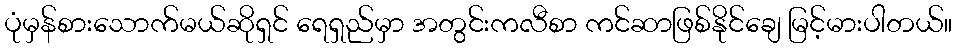
ပုံမှန်စားသောက်မယ်ဆိုရှင် ရေရှည်မှာ အတွင်းကလီစာ ကင်ဆာဖြစ်နိုင်ချေ မြင့်မားပါတယ်။